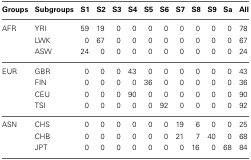
<table><thead><tr><td><b>Groups</b></td><td><b>Subgroups</b></td><td><b>S1</b></td><td><b>S2</b></td><td><b>S3</b></td><td><b>S4</b></td><td><b>S5</b></td><td><b>S6</b></td><td><b>S7</b></td><td><b>S8</b></td><td><b>S9</b></td><td><b>Sa</b></td><td><b>All</b></td></tr></thead><tbody><tr><td>AFR</td><td>YRI</td><td>59</td><td>19</td><td>0</td><td>0</td><td>0</td><td>0</td><td>0</td><td>0</td><td>0</td><td>0</td><td>78</td></tr><tr><td></td><td>LWK</td><td>0</td><td>67</td><td>0</td><td>0</td><td>0</td><td>0</td><td>0</td><td>0</td><td>0</td><td>0</td><td>67</td></tr><tr><td></td><td>ASW</td><td>24</td><td>0</td><td>0</td><td>0</td><td>0</td><td>0</td><td>0</td><td>0</td><td>0</td><td>0</td><td>24</td></tr><tr><td>EUR</td><td>GBR</td><td>0</td><td>0</td><td>0</td><td>43</td><td>0</td><td>0</td><td>0</td><td>0</td><td>0</td><td>0</td><td>43</td></tr><tr><td></td><td>FIN</td><td>0</td><td>0</td><td>0</td><td>0</td><td>36</td><td>0</td><td>0</td><td>0</td><td>0</td><td>0</td><td>36</td></tr><tr><td></td><td>CEU</td><td>0</td><td>0</td><td>0</td><td>90</td><td>0</td><td>0</td><td>0</td><td>0</td><td>0</td><td>0</td><td>90</td></tr><tr><td></td><td>TSI</td><td>0</td><td>0</td><td>0</td><td>0</td><td>0</td><td>92</td><td>0</td><td>0</td><td>0</td><td>0</td><td>92</td></tr><tr><td>ASN</td><td>CHS</td><td>0</td><td>0</td><td>0</td><td>0</td><td>0</td><td>0</td><td>19</td><td>6</td><td>0</td><td>0</td><td>25</td></tr><tr><td></td><td>CHB</td><td>0</td><td>0</td><td>0</td><td>0</td><td>0</td><td>0</td><td>21</td><td>7</td><td>40</td><td>0</td><td>68</td></tr><tr><td></td><td>JPT</td><td>0</td><td>0</td><td>0</td><td>0</td><td>0</td><td>0</td><td>0</td><td>16</td><td>0</td><td>68</td><td>84</td></tr></tbody></table>